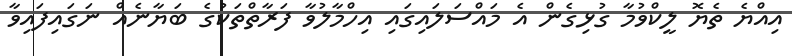
އިއްޔެ ތެޔޮ ލީކްވުމާ ގުޅިގެން އެ މައްސަލައިގައި އިހްމާލުވާ ފަރާތްތަކުގެ ބަޔާނެއް ނަގައިފައިވާ